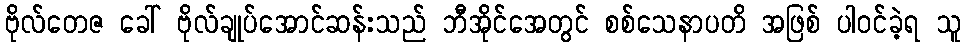
ဗိုလ်တေဇ ခေါ် ဗိုလ်ချုပ်အောင်ဆန်းသည် ဘီအိုင်အေတွင် စစ်သေနာပတိ အဖြစ် ပါဝင်ခဲ့ရ သူ